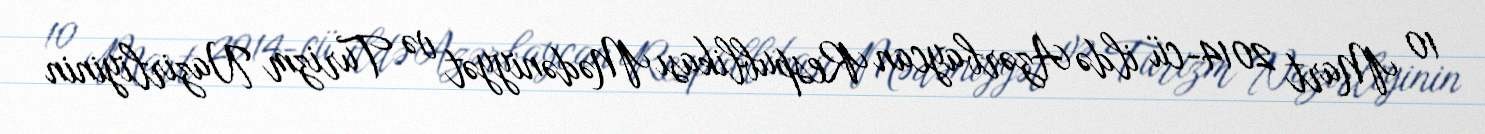
10 Mart 2014-cü ildə Azərbaycan Respublikası Mədəniyyət və Turizm Nazirliyinin